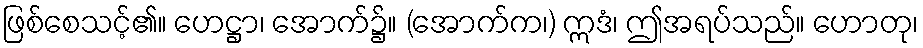
ဖြစ်စေသင့်၏။ ဟေဋ္ဌာ၊ အောက်၌။ (အောက်က၊) ဣဒံ၊ ဤအရပ်သည်။ ဟောတု၊